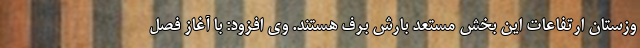
وزستان ارتفاعات این بخش مستعد بارش برف هستند. وی افزود: با آغاز فصل